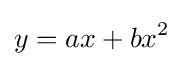
y=ax+bx^{2}